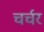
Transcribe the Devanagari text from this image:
चर्चर